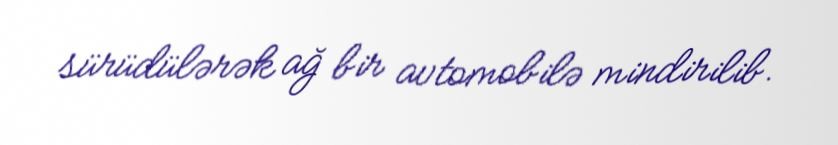
sürüdülərək ağ bir avtomobilə mindirilib.